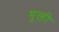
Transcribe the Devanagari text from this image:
मूक्ती